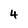
Character: 4